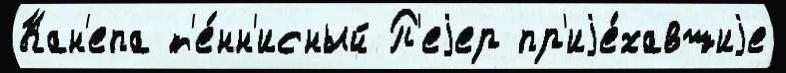
Кан'епа т'е́нн'исный П'еjер пр'иjе́хавшиjе